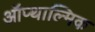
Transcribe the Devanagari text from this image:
ऑप्थाल्मिक